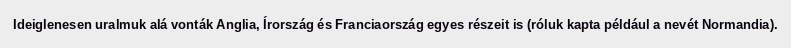
Ideiglenesen uralmuk alá vonták Anglia, Írország és Franciaország egyes részeit is (róluk kapta például a nevét Normandia).